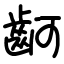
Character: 䶗